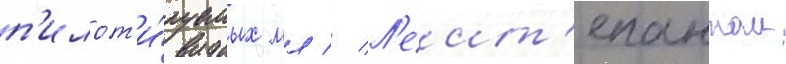
п'илот'и́руемых мл // Л'еит'енантом